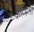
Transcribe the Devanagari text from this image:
करमला